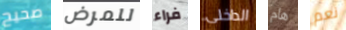
صحيح للمرض فراء الداخلى هام نعم